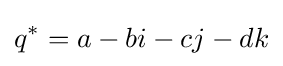
q^{*}=a-bi-cj-dk